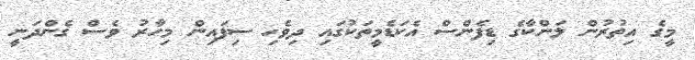
މީގެ އިތުރުން ލަންކާގެ ޑިފެންސް އެކަޑެމީތަކުގައި ދިވެހި ސިފައިން މިހާރު ވެސް ގެންދަނީ